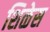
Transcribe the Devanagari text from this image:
शिळेस